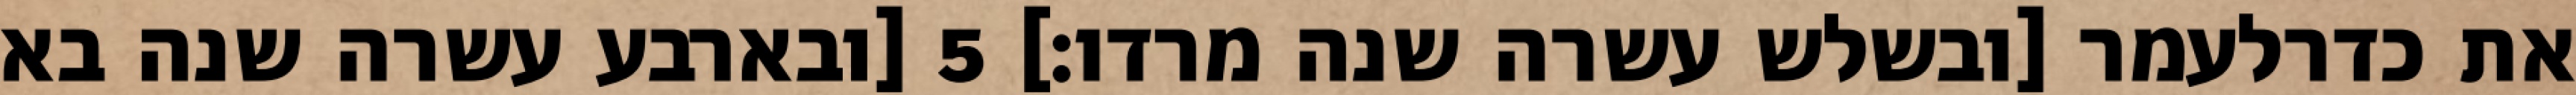
את כדרלעמר [ובשלש עשרה שנה מרדו׃] ‎5‏ [ובארבע עשרה שנה בא